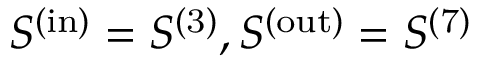
S ^ { ( \mathrm { i n } ) } = S ^ { ( \mathrm { 3 } ) } , S ^ { ( \mathrm { o u t } ) } = S ^ { ( \mathrm { 7 } ) }